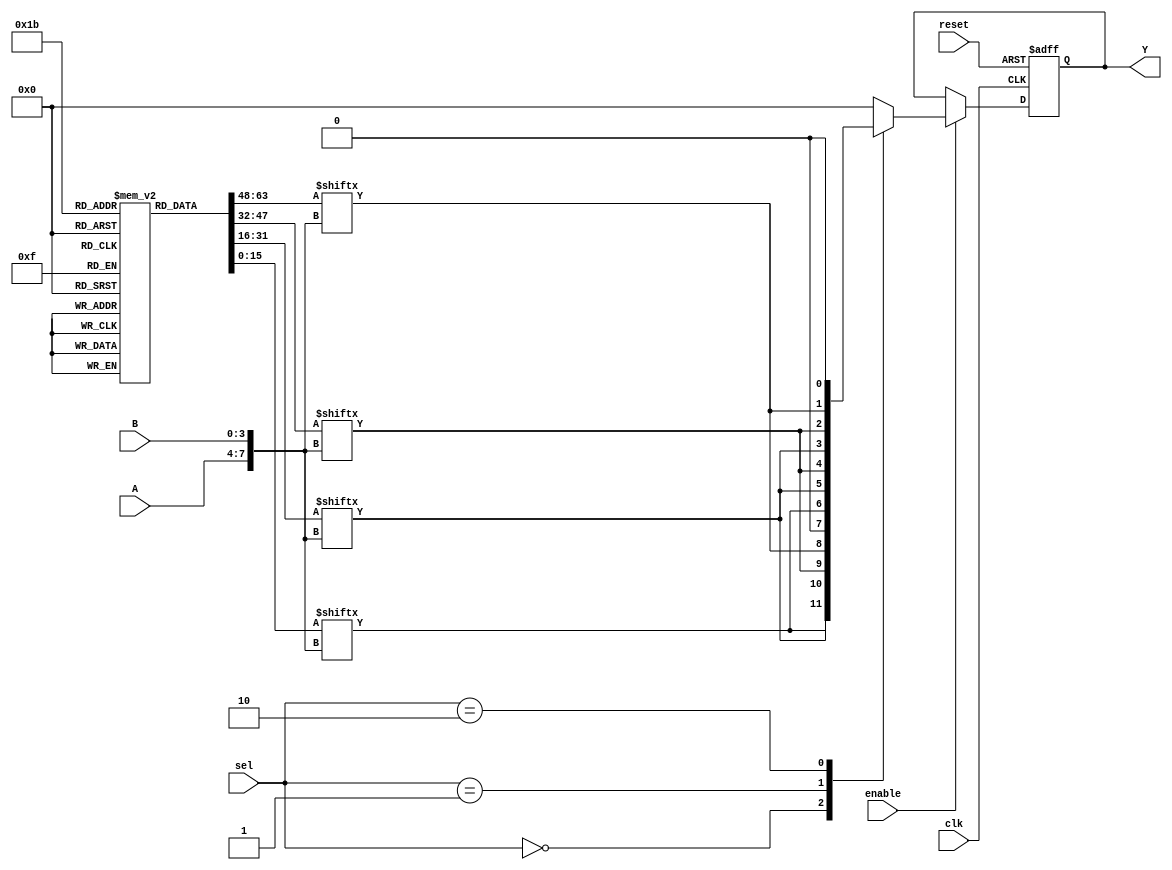
module CLB (
    input wire [3:0] A,          // 4 input signals for LUT
    input wire [3:0] B,          // Additional input signals for logic operations
    input wire [3:0] sel,        // Multiplexer select signals
    input wire enable,           // Enable control signal
    input wire clk,              // Clock input
    input wire reset,            // Reset input
    output reg [3:0] Y           // 4 output signals
);

// Configuration memory for LUTs (4-input LUTs)
reg [15:0] lut_config [0:3]; // 4 LUTs with 16 possible input combinations

// Internal signals
wire [3:0] lut_out;           // LUT outputs
wire [3:0] mux_out;           // MUX output

// LUT implementation
genvar i;
generate
    for (i = 0; i < 4; i = i + 1) begin : lut
        assign lut_out[i] = lut_config[i][{A, B}]; // Use concatenation for address
    end
endgenerate

// Multiplexer implementation
always @(*) begin
    case (sel)
        4'b0000: mux_out = lut_out;          // Output from LUTs
        4'b0001: mux_out = {1'b0, lut_out[3:1]}; // Example of another selection
        4'b0010: mux_out = {lut_out[2:0], 1'b0}; // Another selection
        default: mux_out = 4'b0000;           // Default case
    endcase
end

// Output logic
always @(posedge clk or posedge reset) begin
    if (reset) begin
        Y <= 4'b0000; // Reset output to known state
    end else if (enable) begin
        Y <= mux_out; // Update output based on MUX result
    end
end

// Initialization of LUT configuration (This could also be done through external means)
initial begin
    // Example configurations for 4 LUTs
    lut_config[0] = 16'b0000000000000001; // LUT0: AND function
    lut_config[1] = 16'b0000000000000010; // LUT1: OR function
    lut_config[2] = 16'b1111111111111111; // LUT2: Constant high
    lut_config[3] = 16'b0000000000000000; // LUT3: Constant low
end

endmodule